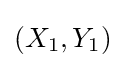
(X_{1},Y_{1})